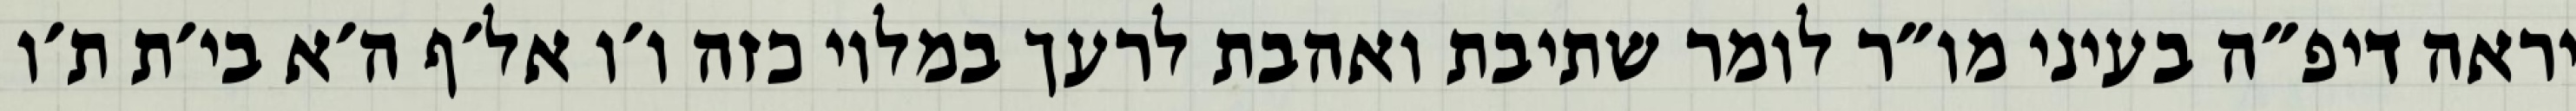
יראה דיפ״ה בעיני מו״ר לומר שתיבת ואהבת לרעך במלוי כזה ו׳ו אל׳ף ה׳א בי׳ת ת׳ו